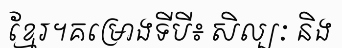
ខ្មែរ។គម្រោងទីបី៖ សិល្បៈ និង